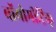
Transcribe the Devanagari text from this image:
बॉयोमीट्रिक्